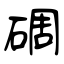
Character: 碉